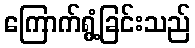
ကြောက်ရွံ့ခြင်းသည်